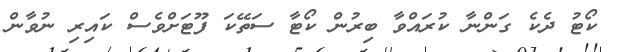
ކޯޓު ދެކެ ގަންނާ ކުރައްވާ ބިރުން ކޯޓާ ސަތޭކަ ފޫޓަށްވެސް ކައިރި ނުވާން